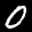
Label: 0